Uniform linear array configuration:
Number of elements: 64
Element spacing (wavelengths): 1
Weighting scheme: blackman
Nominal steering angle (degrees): -60
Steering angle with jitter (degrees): -60.732
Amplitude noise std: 0.05
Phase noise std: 0.05

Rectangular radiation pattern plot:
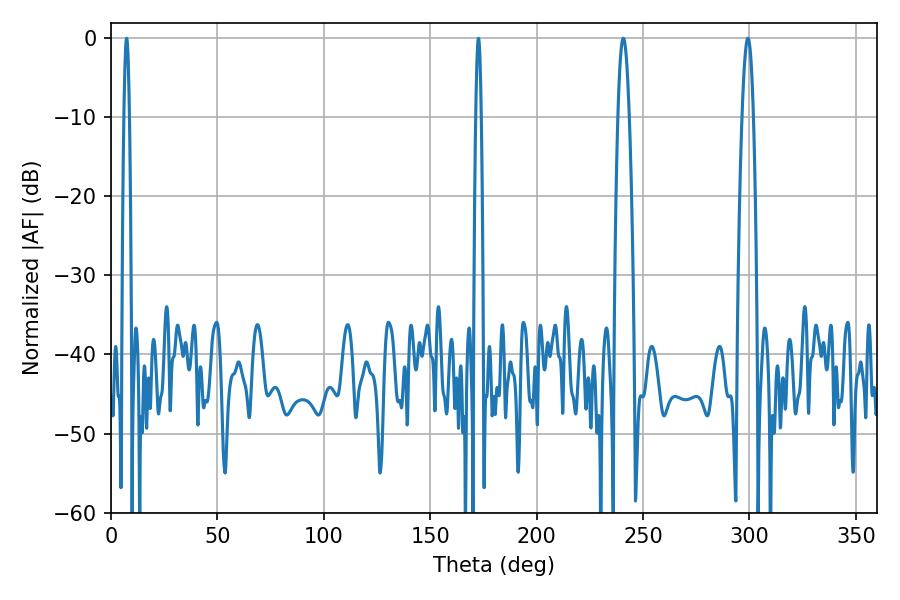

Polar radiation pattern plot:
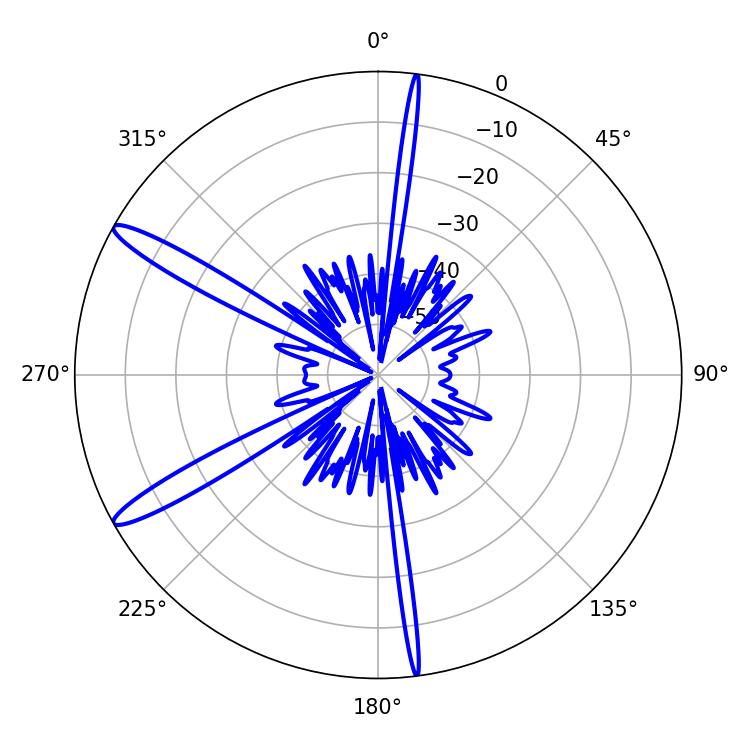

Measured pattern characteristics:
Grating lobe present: TRUE
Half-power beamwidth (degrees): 2.7
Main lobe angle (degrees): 299.34